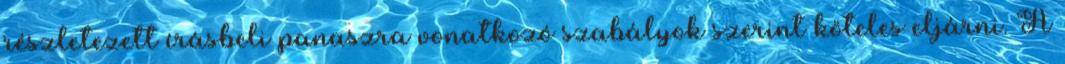
részletezett írásbeli panaszra vonatkozó szabályok szerint köteles eljárni. A